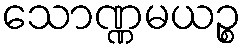
သောဏ္ဏမယဉ္စ